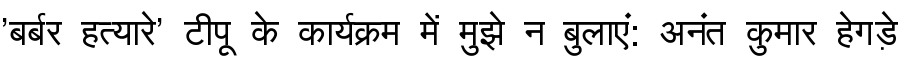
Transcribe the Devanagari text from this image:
'बर्बर हत्यारे' टीपू के कार्यक्रम में मुझे न बुलाएं: अनंत कुमार हेगड़े